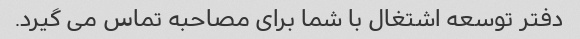
دفتر توسعه اشتغال با شما برای مصاحبه تماس می گیرد.